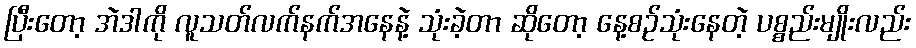
ပြီးတော့ အဲဒါကို လူသတ်လက်နက်အနေနဲ့ သုံးခဲ့တာ ဆိုတော့ နေ့စဉ်သုံးနေတဲ့ ပစ္စည်းမျိုးလည်း